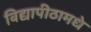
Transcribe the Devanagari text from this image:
विद्यापीठामधे